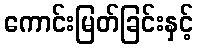
ကောင်းမြတ်ခြင်းနှင့်